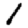
Digit: 1